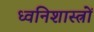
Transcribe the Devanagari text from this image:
ध्वनिशास्त्रों